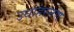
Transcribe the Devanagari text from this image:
उधाहरनण